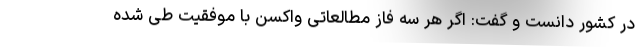
در کشور دانست و گفت: اگر هر سه فاز مطالعاتی واکسن با موفقیت طی شده